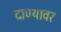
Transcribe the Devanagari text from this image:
दाण्यावर